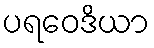
ပရဝေဒိယာ